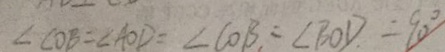
\angle C O B = \angle A O D = \angle C O B = \angle B O D = 9 0 ^ { \circ }